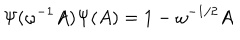
LaTeX: \Psi ( \omega ^ { - 1 } A ) \Psi ( A ) = 1 - \omega ^ { - 1 / 2 } A